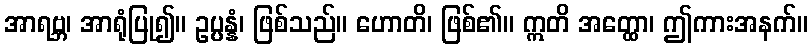
အာရဗ္ဘ၊ အာရုံပြု၍။ ဥပ္ပန္နံ၊ ဖြစ်သည်။ ဟောတိ၊ ဖြစ်၏။ ဣတိ အတ္ထော၊ ဤကားအနက်။